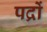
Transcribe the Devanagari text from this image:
पद्रों